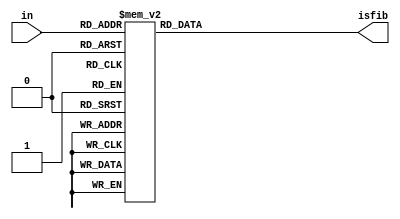
module q7_10 (in, isfib);
    input [3:0] in;
    output isfib;
    reg isfib;

    always @(*) begin
       casex (in)
            0, 1, 2, 3, 5, 8: isfib = 1'b1;
            4, 6, 7, 9: isfib = 1'b0;
           default: isfib = 1'bx;
       endcase 
    end
endmodule

module q7_10_tb (isfib);
    output isfib;
    reg [3:0] in = 4'b0;

    q7_10 q710(in, isfib);

    initial begin
        repeat(16) begin
            #100
            $display("in: ", in, " out: ", isfib);
            in = in + 1;
        end
    end
endmodule